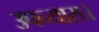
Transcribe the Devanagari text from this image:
उपन्‍यास।